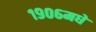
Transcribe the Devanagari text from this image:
१९०६मधे